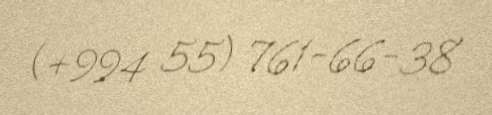
(+994 55) 761-66-38